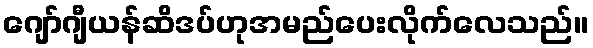
ဂျော်ဂျီယန်ဆိဒပ်ဟုအမည်ပေးလိုက်လေသည်။